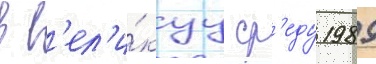
в в'ел'и́куу ср'еду 1989